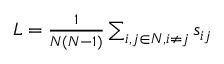
\begin{array} { r } { L = \frac { 1 } { N ( N - 1 ) } \sum _ { i , j \in N , i \neq j } s _ { i j } } \end{array}